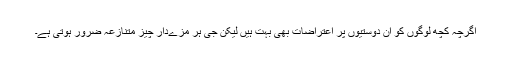
اگرچہ کچھ لوگوں کو ان دوستیوں پر اعتراضات بھی بہت ہیں لیکن جی ہر مزےدار چیز متنازعہ ضرور ہوتی ہے۔